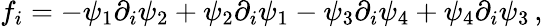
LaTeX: f_{i}=-\psi_{1}\partial_{i}\psi_{2}+\psi_{2}\partial_{i}\psi_{1}-\psi_{3}\partial_{i}\psi_{4}+\psi_{4}\partial_{i}\psi_{3}\, ,